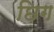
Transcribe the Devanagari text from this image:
छिग